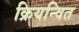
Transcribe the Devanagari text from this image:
क्रियन्वित